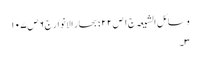
وسائل الشیعہ ج١ ص ٢٢؛ بحار الانوار ج٦ ص ١٠٧
٣۔